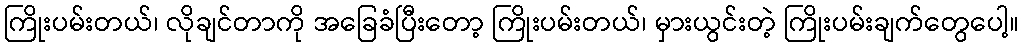
ကြိုးပမ်းတယ်၊ လိုချင်တာကို အခြေခံပြီးတော့ ကြိုးပမ်းတယ်၊ မှားယွင်းတဲ့ ကြိုးပမ်းချက်တွေပေါ့။